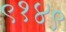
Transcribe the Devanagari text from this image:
९१४९